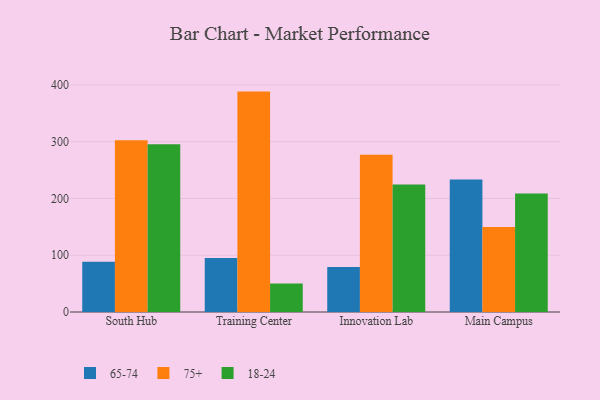
{"axis": {"x": "Campus", "y": "Demand Index"}, "legend": ["18-24", "65-74", "75+"], "data": [{"x": "South Hub", "y": 88.7, "type": "65-74"}, {"x": "South Hub", "y": 302.4, "type": "75+"}, {"x": "South Hub", "y": 295.6, "type": "18-24"}, {"x": "Training Center", "y": 95.0, "type": "65-74"}, {"x": "Training Center", "y": 388.3, "type": "75+"}, {"x": "Training Center", "y": 50.1, "type": "18-24"}, {"x": "Innovation Lab", "y": 79.2, "type": "65-74"}, {"x": "Innovation Lab", "y": 277.2, "type": "75+"}, {"x": "Innovation Lab", "y": 224.7, "type": "18-24"}, {"x": "Main Campus", "y": 233.3, "type": "65-74"}, {"x": "Main Campus", "y": 149.7, "type": "75+"}, {"x": "Main Campus", "y": 208.6, "type": "18-24"}]}